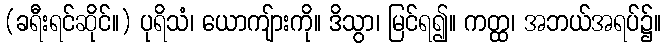
(ခရီးရင်ဆိုင်။) ပုရိသံ၊ ယောကျ်ားကို။ ဒိသွာ၊ မြင်ရ၍။ ကတ္ထ၊ အဘယ်အရပ်၌။